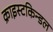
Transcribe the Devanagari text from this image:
क्राइस्टकिन्डल